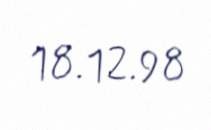
18.12.98